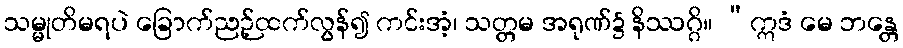
သမ္မုတိမရပဲ ခြောက်ညဉ့်ထက်လွန်၍ ကင်းအံ့၊ သတ္တမ အရုဏ်၌ နိဿဂ္ဂိ။ “ဣဒံ မေ ဘန္တေ